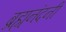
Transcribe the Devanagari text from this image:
ब्रह्मनंदनी